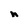
Character: n